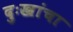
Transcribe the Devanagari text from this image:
दुःखांचा